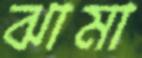
ঝামা